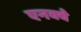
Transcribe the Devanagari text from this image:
एनक्वे